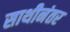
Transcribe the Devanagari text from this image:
साथीनंतर